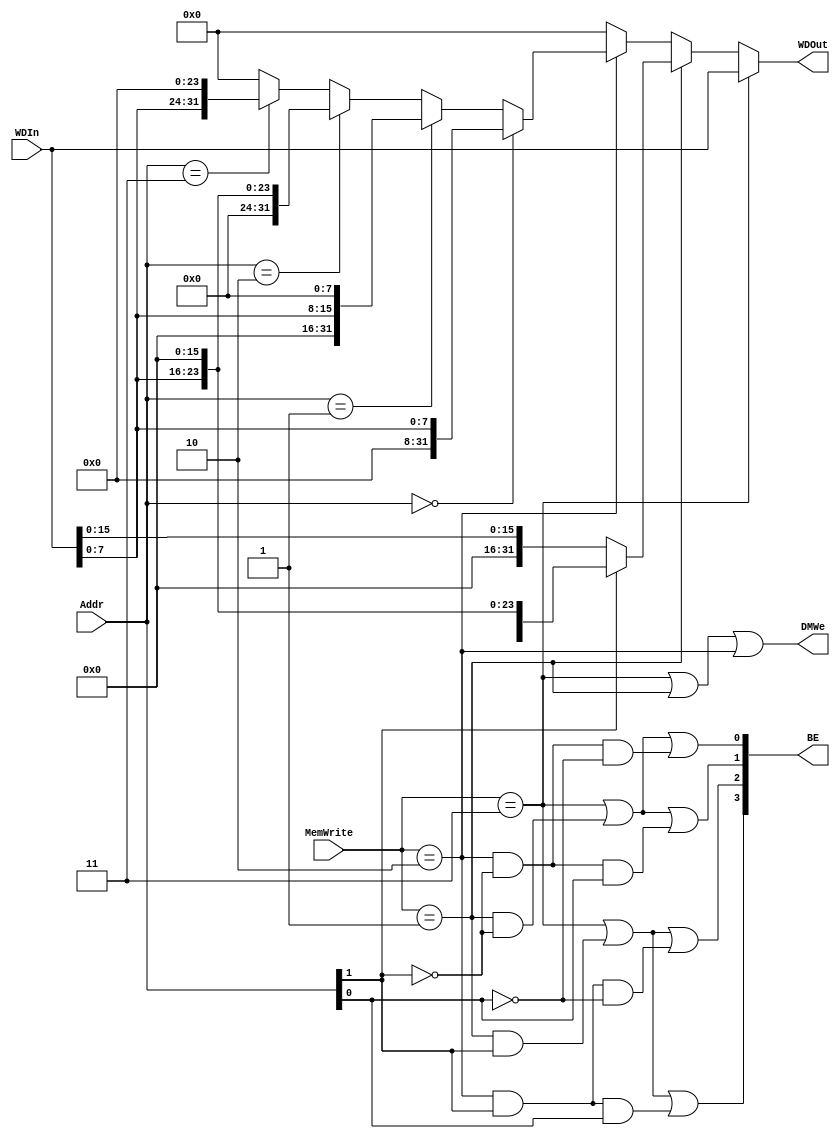
`timescale 1ns / 1ps
//////////////////////////////////////////////////////////////////////////////////
// Company: 
// Engineer: 
// 
// Design Name: 
// Module Name:    DMIN 
// Project Name: 
// Target Devices: 
// Tool versions: 
// Description: 
//
// Dependencies: 
//
// Revision: 
// Revision 0.01 - File Created
// Additional Comments: 
//
//////////////////////////////////////////////////////////////////////////////////
module DMIN(/*autoport*/
//output
			WDOut,
			DMWe,
			BE,
//input
			WDIn,
			Addr,
			MemWrite);
	input [31:0] WDIn;
	input [1:0] Addr;
	input [1:0] MemWrite;

	output [31:0] WDOut;
	output DMWe;
	output [3:0] BE;

	wire sw,sh,sb;

	assign sw=(MemWrite==2'b11);
	assign sh=(MemWrite==2'b01);
	assign sb=(MemWrite==2'b10);

	assign BE[3]=sw|(sh&Addr[1])|(sb&Addr[1]&Addr[0]);
	assign BE[2]=sw|(sh&Addr[1])|(sb&Addr[1]&~Addr[0]);
	assign BE[1]=sw|(sh&~Addr[1])|(sb&~Addr[1]&Addr[0]);
	assign BE[0]=sw|(sh&~Addr[1])|(sb&~Addr[1]&~Addr[0]);
	assign DMWe=sw|sh|sb;

	assign WDOut=(sw)?WDIn:
				 (sh)?(Addr[1]?{WDIn[15:0],16'b0}:{16'b0,WDIn[15:0]}):
				 (sb)?((Addr==2'b00)?{24'b0,WDIn[7:0]}:
				 	   (Addr==2'b01)?{16'b0,WDIn[7:0],8'b0}:
				 	   (Addr==2'b10)?{8'b0,WDIn[7:0],16'b0}:
				 	   {Addr==2'b11}?{WDIn[7:0],24'b0}:
				 	   32'b0):
				 32'b0;
endmodule